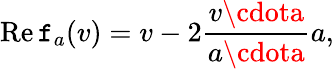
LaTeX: \operatorname{Re\mathtt{f}}_{a}(v)=v-2{\frac{{v\cdota}}{{a\cdota}}}a,